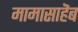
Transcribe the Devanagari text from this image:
मामासाहॆब